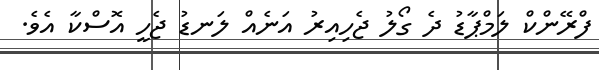
ފްރޭންކް ލަމްޕާޑު ދެ ގޯލު ޖެހިއިރު އަނެއް ލަނޑު ޖެހީ އޮސްކާ އެވެ.